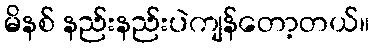
မိနစ် နည်းနည်းပဲကျန်တော့တယ်။